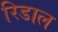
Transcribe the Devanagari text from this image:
रिडाल